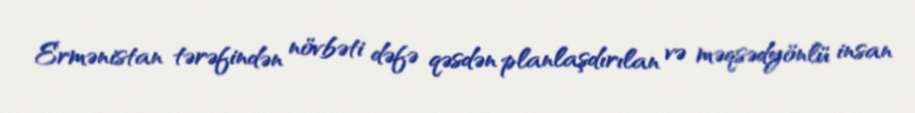
Ermənistan tərəfindən növbəti dəfə qəsdən planlaşdırılan və məqsədyönlü insan